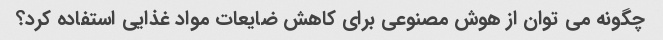
چگونه می توان از هوش مصنوعی برای کاهش ضایعات مواد غذایی استفاده کرد؟